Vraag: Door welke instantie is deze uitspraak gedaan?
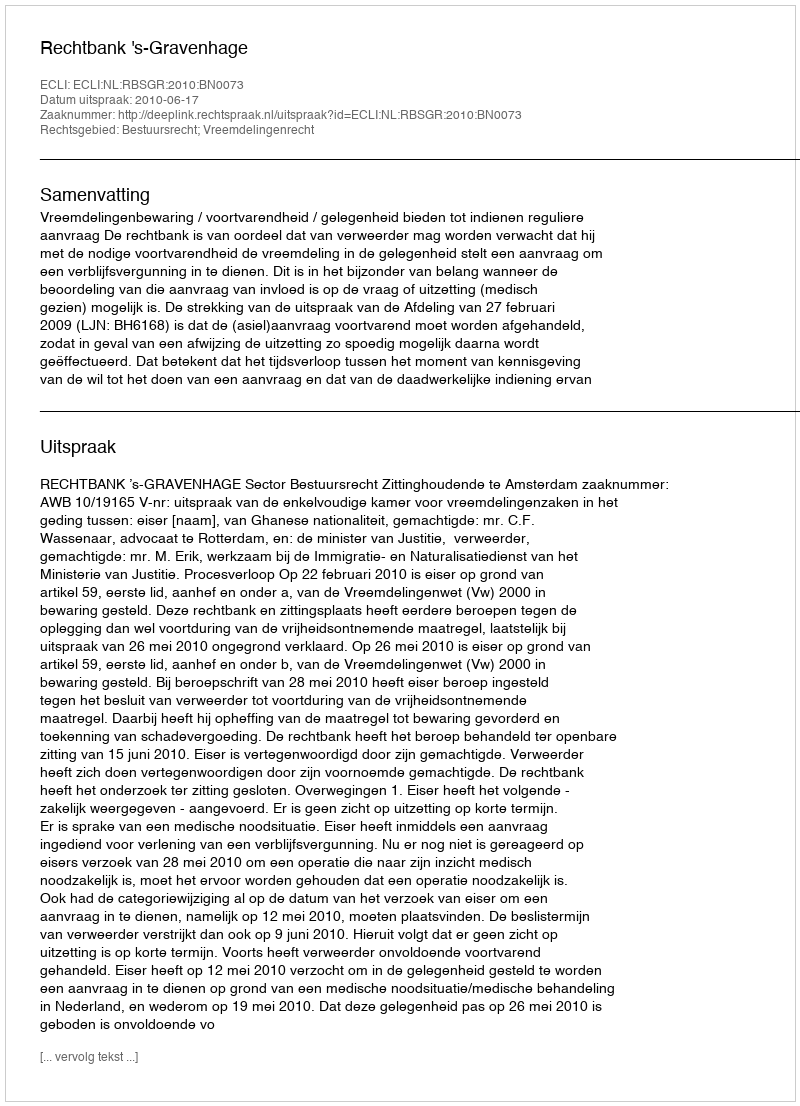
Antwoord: Rechtbank 's-Gravenhage